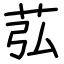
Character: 苰